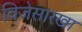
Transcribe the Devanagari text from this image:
विजेसारखा